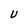
Character: U